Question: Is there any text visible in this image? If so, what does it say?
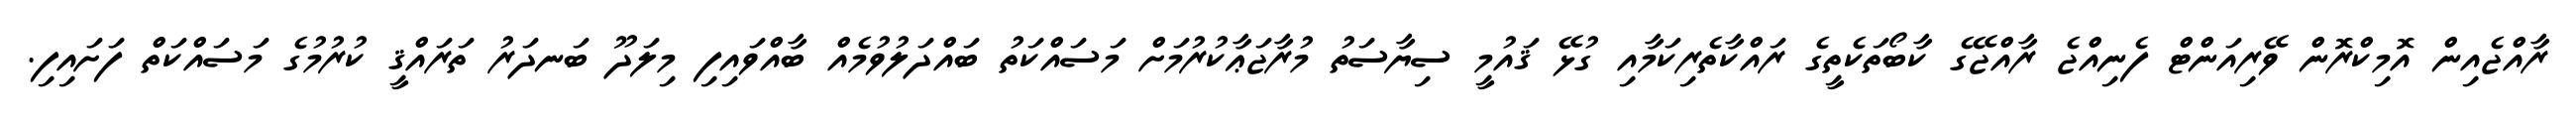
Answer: ރާއްޖެއިން އޮމިކްރޮން ވޭރިއަންޓް ފެނިއްޖެ ރާއްޖޭގެ ކާބޯތަކެތީގެ ރައްކާތެރިކަމާއި ގުޅޭ ޤައުމީ ސިޔާސަތު މުރާޖަޢާކުރުމަށް މަސައްކަތު ބައްދަލުވުމެއް ބާއްވައިފި މިލަދޫ ބަނދަރު ތަރައްޤީ ކުރުމުގެ މަސައްކަތް ފަށައިފި.